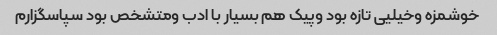
خوشمزه وخیلیی تازه بود وپیک هم بسیار با ادب ومتشخص بود سپاسگزارم